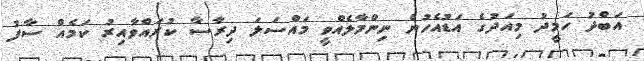
އަބްދު ހަމީދު މިއަދުގެ އަޑުއެހުން ނިންމާލެއްވީ މައްސަލަ ދިރާސާ ކުރައްވާއިރު ކަމެއް ސާފު